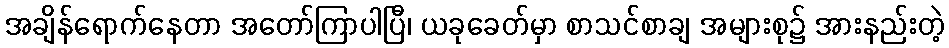
အချိန်ရောက်နေတာ အတော်ကြာပါပြီ၊ ယခုခေတ်မှာ စာသင်စာချ အများစု၌ အားနည်းတဲ့